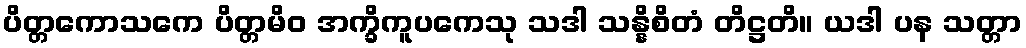
ပိတ္တကောသကေ ပိတ္တမိဝ အက္ခိကူပကေသု သဒါ သန္နိစိတံ တိဋ္ဌတိ။ ယဒါ ပန သတ္တာ